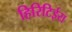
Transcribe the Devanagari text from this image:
हिरिटिईरा